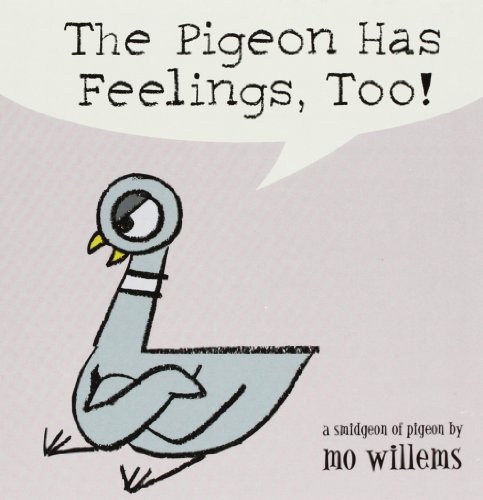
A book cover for The Pigeon Has Feelings, Too!; Mo Willems; Children's Books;